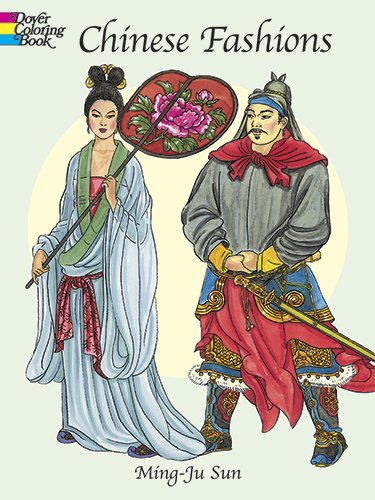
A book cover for Chinese Fashions (Dover Fashion Coloring Book); Ming-Ju Sun; Children's Books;